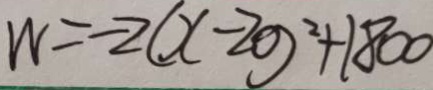
W = - 2 ( x - 2 0 ) ^ { 2 } + 1 8 0 0